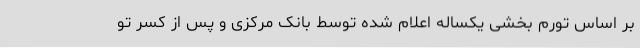
بر اساس تورم بخشی یکساله اعلام شده توسط بانک مرکزی و پس از کسر تو